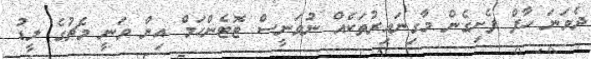
ދެވަނަ ހާފް ފެށިގެން މާގިނައިރުތަކެއް ނުވަނީސް ޓޮޓެންހަމް އިން ވަނީ މެޗުގެ ލީޑު